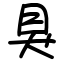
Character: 狊